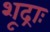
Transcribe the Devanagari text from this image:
शूद्राः